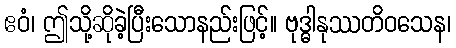
ဧဝံ၊ ဤသို့ဆိုခဲ့ပြီးသောနည်းဖြင့်။ ဗုဒ္ဓါနုဿတိဝသေန၊